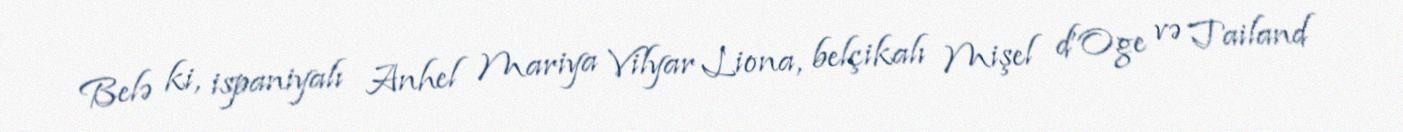
Belə ki, ispaniyalı Anhel Mariya Vilyar Liona, belçikalı Mişel d’Oge və Tailand